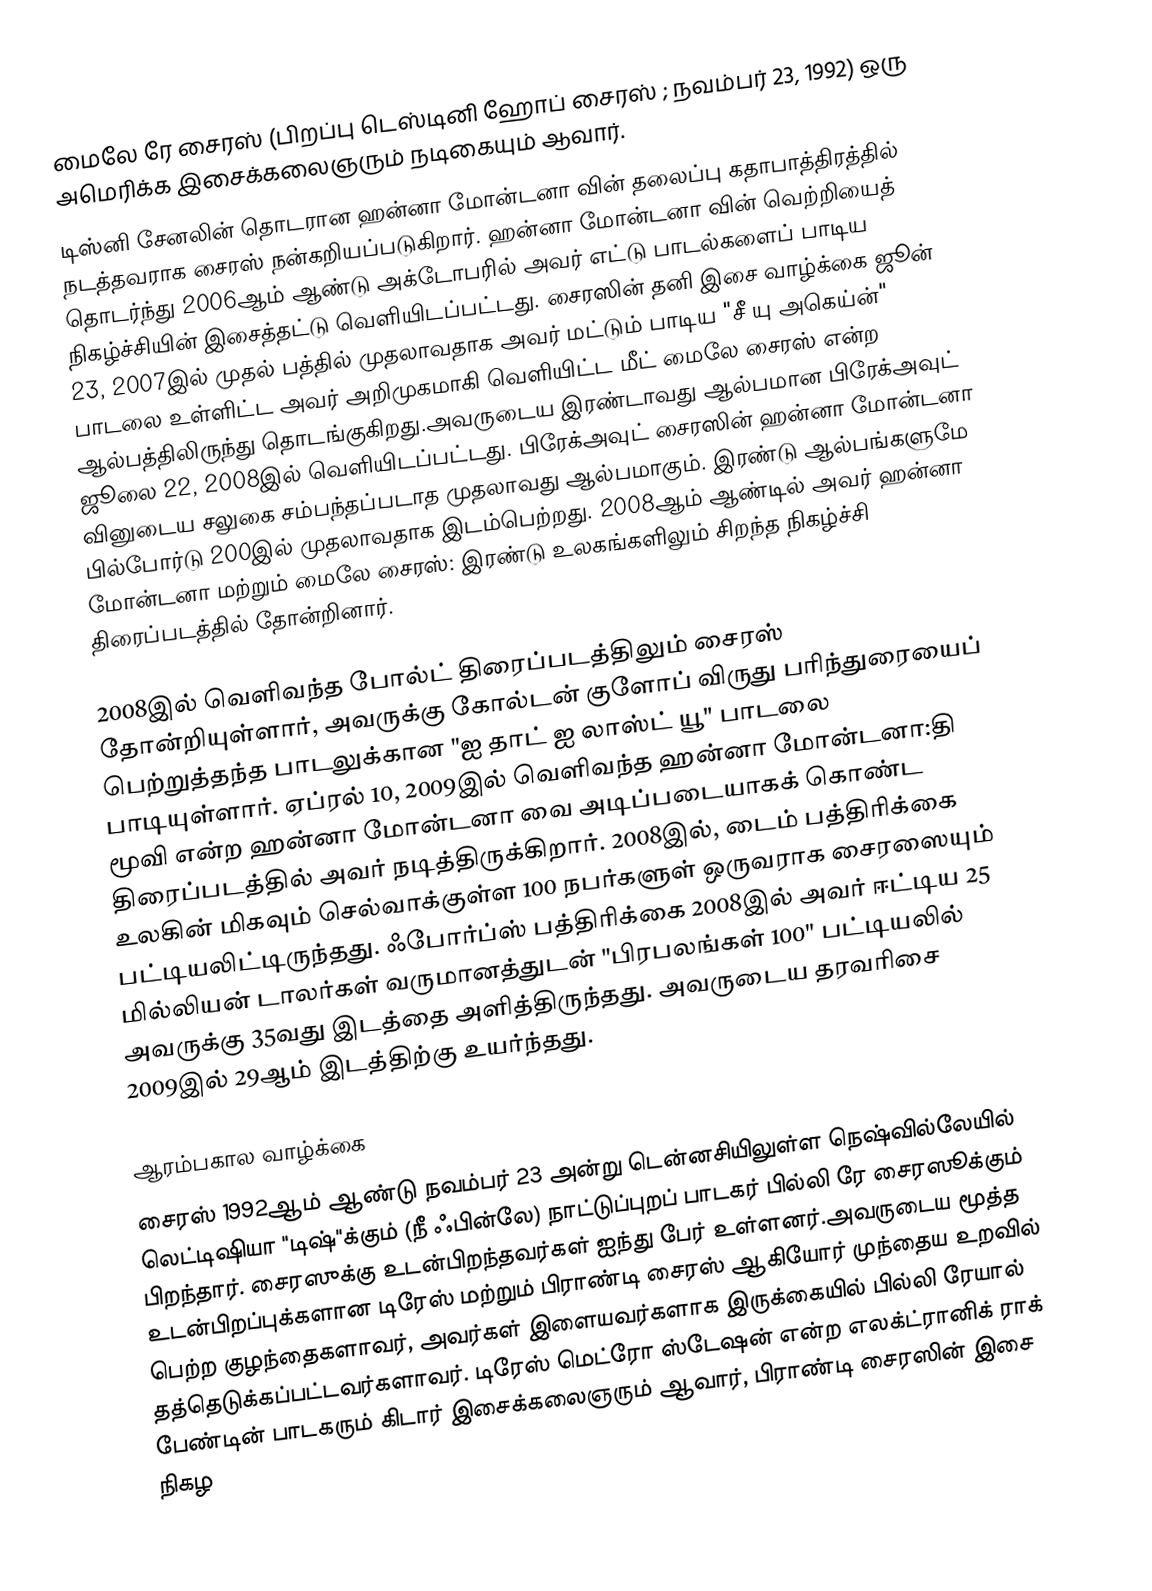
மைலே ரே சைரஸ்  (பிறப்பு டெஸ்டினி ஹோப் சைரஸ் ; நவம்பர் 23, 1992) ஒரு அமெரிக்க இசைக்கலைஞரும் நடிகையும் ஆவார்.
டிஸ்னி சேனலின் தொடரான ஹன்னா மோன்டனா வின் தலைப்பு கதாபாத்திரத்தில் நடத்தவராக சைரஸ் நன்கறியப்படுகிறார். ஹன்னா மோன்டனா வின் வெற்றியைத் தொடர்ந்து 2006ஆம் ஆண்டு அக்டோபரில் அவர் எட்டு பாடல்களைப் பாடிய நிகழ்ச்சியின் இசைத்தட்டு வெளியிடப்பட்டது. சைரஸின் தனி இசை வாழ்க்கை ஜூன் 23, 2007இல் முதல் பத்தில் முதலாவதாக அவர் மட்டும் பாடிய "சீ யு அகெய்ன்" பாடலை உள்ளிட்ட அவர் அறிமுகமாகி வெளியிட்ட மீட் மைலே சைரஸ் என்ற ஆல்பத்திலிருந்து தொடங்குகிறது.அவருடைய இரண்டாவது ஆல்பமான பிரேக்அவுட் ஜூலை 22, 2008இல் வெளியிடப்பட்டது. பிரேக்அவுட் சைரஸின் ஹன்னா மோன்டனா வினுடைய சலுகை சம்பந்தப்படாத முதலாவது ஆல்பமாகும். இரண்டு ஆல்பங்களுமே பில்போர்டு 200இல் முதலாவதாக இடம்பெற்றது. 2008ஆம் ஆண்டில் அவர் ஹன்னா மோன்டனா மற்றும் மைலே சைரஸ்: இரண்டு உலகங்களிலும் சிறந்த நிகழ்ச்சி திரைப்படத்தில் தோன்றினார்.

2008இல் வெளிவந்த போல்ட் திரைப்படத்திலும் சைரஸ் தோன்றியுள்ளார், அவருக்கு கோல்டன் குளோப் விருது பரிந்துரையைப் பெற்றுத்தந்த பாடலுக்கான "ஐ தாட் ஐ லாஸ்ட் யூ" பாடலை பாடியுள்ளார். ஏப்ரல் 10, 2009இல் வெளிவந்த ஹன்னா மோன்டனா:தி மூவி என்ற ஹன்னா மோன்டனா வை அடிப்படையாகக் கொண்ட திரைப்படத்தில் அவர் நடித்திருக்கிறார். 2008இல், டைம் பத்திரிக்கை உலகின் மிகவும் செல்வாக்குள்ள 100 நபர்களுள் ஒருவராக சைரஸையும் பட்டியலிட்டிருந்தது. ஃபோர்ப்ஸ் பத்திரிக்கை 2008இல் அவர் ஈட்டிய 25 மில்லியன் டாலர்கள் வருமானத்துடன் "பிரபலங்கள் 100" பட்டியலில் அவருக்கு 35வது இடத்தை அளித்திருந்தது. அவருடைய தரவரிசை 2009இல் 29ஆம் இடத்திற்கு உயர்ந்தது.

ஆரம்பகால வாழ்க்கை
சைரஸ் 1992ஆம் ஆண்டு நவம்பர் 23 அன்று டென்னசியிலுள்ள நெஷ்வில்லேயில் லெட்டிஷியா "டிஷ்"க்கும் (நீ ஃபின்லே) நாட்டுப்புறப் பாடகர் பில்லி ரே சைரஸூக்கும் பிறந்தார். சைரஸுக்கு உடன்பிறந்தவர்கள் ஐந்து பேர் உள்ளனர்.அவருடைய மூத்த உடன்பிறப்புக்களான டிரேஸ் மற்றும் பிராண்டி சைரஸ் ஆகியோர் முந்தைய உறவில் பெற்ற குழந்தைகளாவர், அவர்கள் இளையவர்களாக இருக்கையில் பில்லி ரேயால் தத்தெடுக்கப்பட்டவர்களாவர். டிரேஸ் மெட்ரோ ஸ்டேஷன் என்ற எலக்ட்ரானிக் ராக் பேண்டின் பாடகரும் கிடார் இசைக்கலைஞரும் ஆவார், பிராண்டி சைரஸின் இசை நிகழ